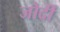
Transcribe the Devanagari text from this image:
जोर्दी